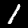
Digit: 1